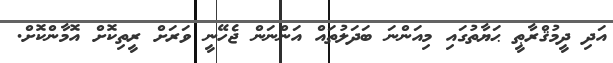
އަދި ދީމުޤްރާޠީ ޙަޔާތުގައި މިއަންނަ ބަދަލުތައް އަންނަން ޖެހޭނީ ވަރަށް ރީތިކޮށް އޮމާންކޮށް.